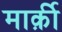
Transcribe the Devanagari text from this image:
मार्क़ी